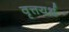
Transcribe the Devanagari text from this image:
वृत्तयर्थ